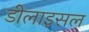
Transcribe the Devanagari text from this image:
डीलाइसल